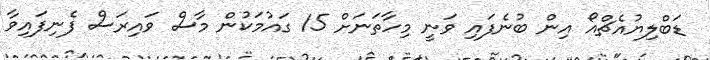
ޑަބްލިޔުއެޗްއޯ އިން ބުނެފައި ވަނީ މިހާތަނަށް 15 ގައުމަކުން މާސް ވައިރަސް ފެނިފައިވާ